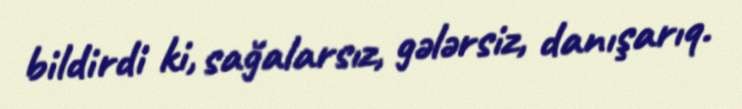
bildirdi ki, sağalarsız, gələrsiz, danışarıq.